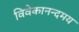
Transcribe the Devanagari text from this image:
विवेकानन्दमय